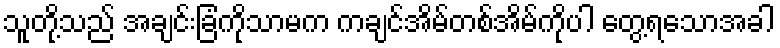
သူတို့သည် အချင်းခြံကိုသာမက ကချင်အိမ်တစ်အိမ်ကိုပါ တွေ့ရသောအခါ